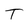
Character: T